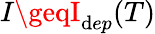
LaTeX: I\geqI_{\mathrm{d}ep}(T)